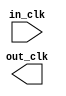
module clock_bridge_0 (
		input  wire  in_clk,  //  in_clk.clk
		output wire  out_clk  // out_clk.clk
	);
endmodule